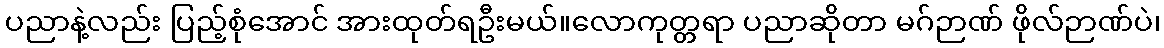
ပညာနဲ့လည်း ပြည့်စုံအောင် အားထုတ်ရဦးမယ်။လောကုတ္တရာ ပညာဆိုတာ မဂ်ဉာဏ် ဖိုလ်ဉာဏ်ပဲ၊